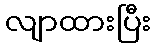
လျာထားပြီး